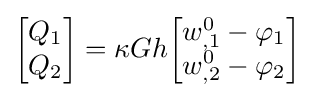
{\begin{bmatrix}Q_{1}\\Q_{2}\end{bmatrix}}=\kappa Gh{\begin{bmatrix}w_{,1}^{0}-\varphi _{1}\\w_{,2}^{0}-\varphi _{2}\end{bmatrix}}